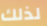
لذلك